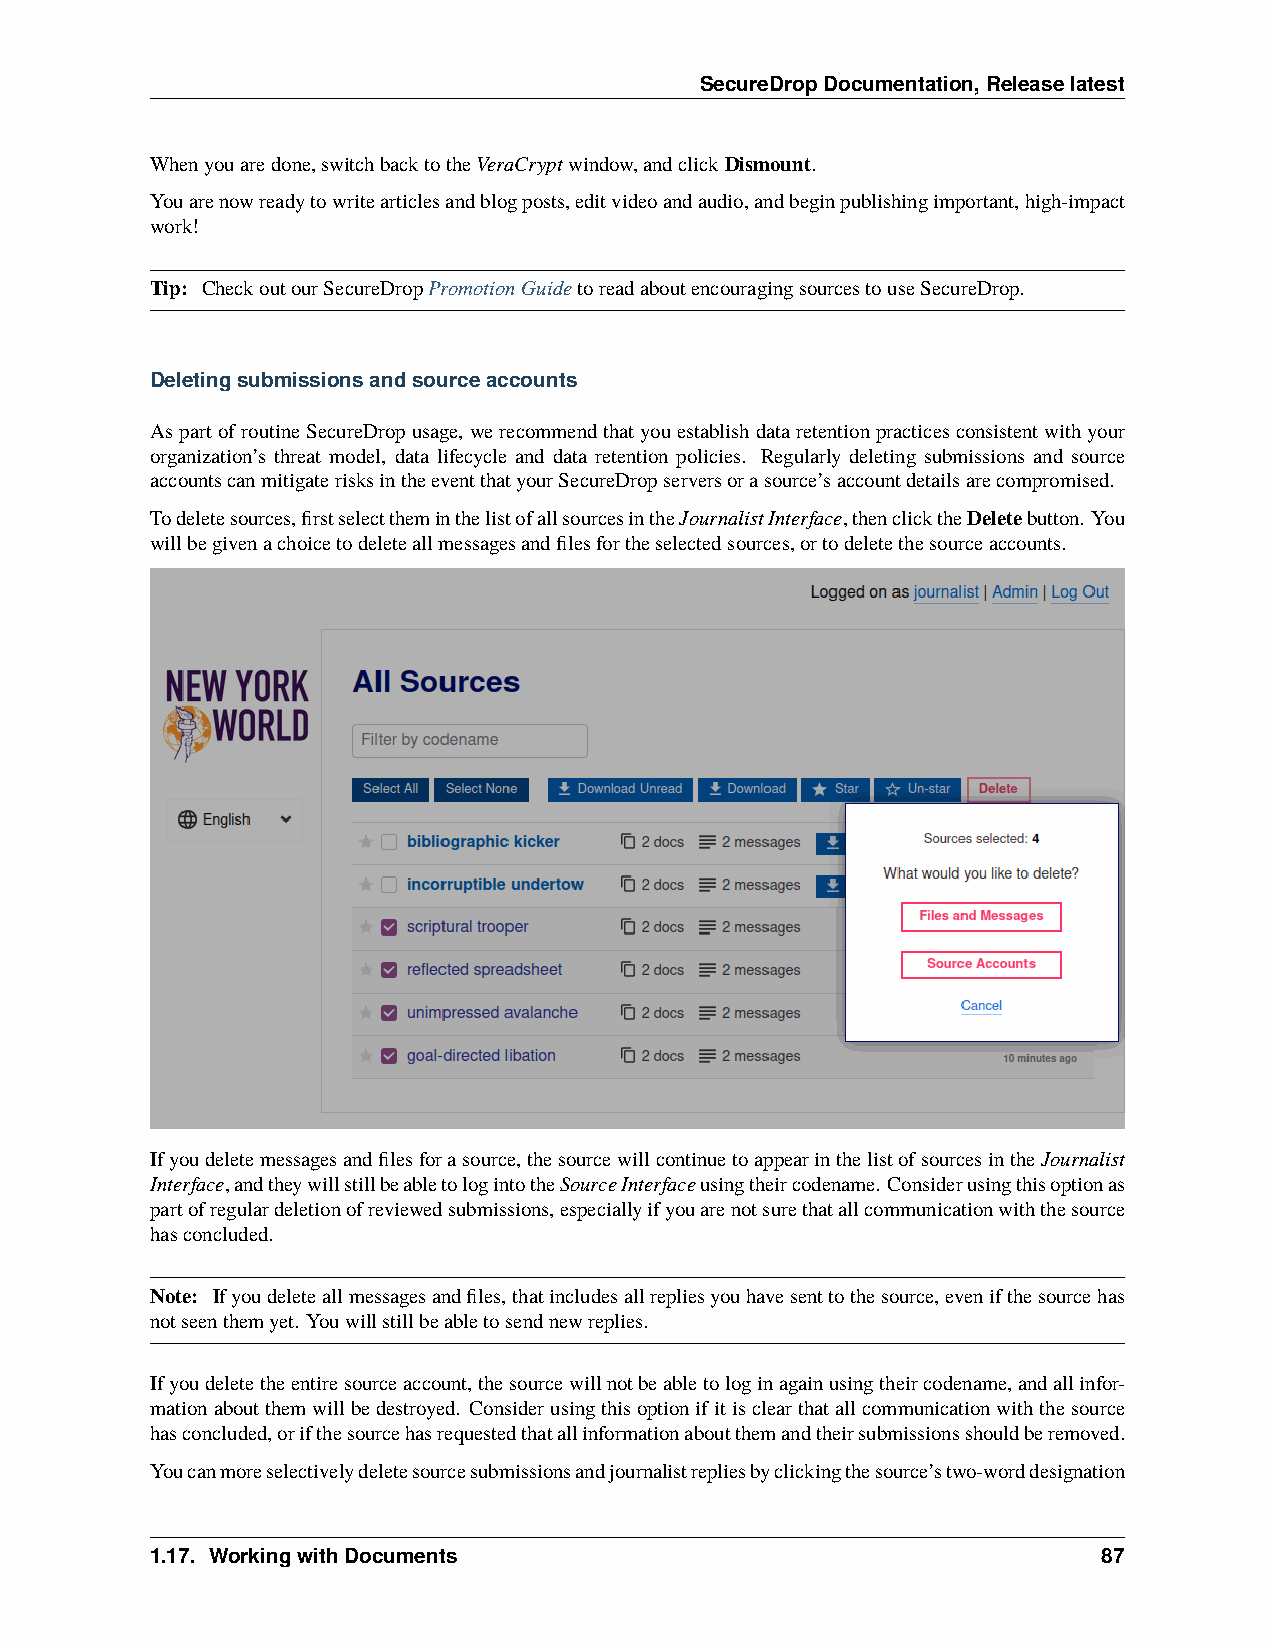
SecureDropDocumentation,Releaselatest
 Whenyouaredone,switchbacktotheVeraCryptwindow,andclickDismount.
 Youarenowreadytowritearticlesandblogposts,editvideoandaudio,andbeginpublishingimportant,high-impact
 work!
 Tip: CheckoutourSecureDropPromotionGuidetoreadaboutencouragingsourcestouseSecureDrop.
 Deletingsubmissionsandsourceaccounts
 AspartofroutineSecureDropusage, werecommendthatyouestablishdataretentionpracticesconsistentwithyour
 organization’s threat model, data lifecycle and data retention policies. Regularly deleting submissions and source
 accountscanmitigaterisksintheeventthatyourSecureDropserversorasource’saccountdetailsarecompromised.
 Todeletesources,firstselecttheminthelistofallsourcesintheJournalistInterface,thenclicktheDeletebutton. You
 willbegivenachoicetodeleteallmessagesandfilesfortheselectedsources,ortodeletethesourceaccounts.
 Ifyoudeletemessagesandfilesforasource,thesourcewillcontinuetoappearinthelistofsourcesintheJournalist
 Interface,andtheywillstillbeabletologintotheSourceInterfaceusingtheircodename. Considerusingthisoptionas
 partofregulardeletionofreviewedsubmissions,especiallyifyouarenotsurethatallcommunicationwiththesource
 hasconcluded.
 Note: Ifyoudeleteallmessagesandfiles,thatincludesallrepliesyouhavesenttothesource,evenifthesourcehas
 notseenthemyet. Youwillstillbeabletosendnewreplies.
 Ifyoudeletetheentiresourceaccount,thesourcewillnotbeabletologinagainusingtheircodename,andallinfor-
 mationaboutthemwillbedestroyed. Considerusingthisoptionifitisclearthatallcommunicationwiththesource
 hasconcluded,orifthesourcehasrequestedthatallinformationaboutthemandtheirsubmissionsshouldberemoved.
 Youcanmoreselectivelydeletesourcesubmissionsandjournalistrepliesbyclickingthesource’stwo-worddesignation
 1.17. WorkingwithDocuments                                     87